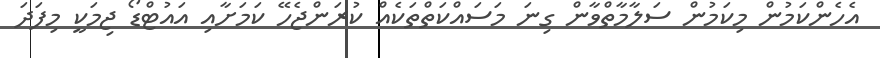
އެހެންކަމުން މިކަމުން ސަލާމާތްވާން ގިނަ މަސައްކަތްތަކެއް ކުރަންޖެހޭ ކަމަށާއި އައުޓްޑޯ ޖިމަކީ މިފަދަ